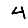
Digit: 4